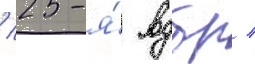
/ 25-я́ вдбр /